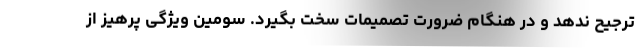
ترجیح ندهد و در هنگام ضرورت تصمیمات سخت بگیرد. سومین ویژگی پرهیز از